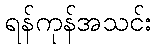
ရန်ကုန်အသင်း